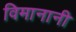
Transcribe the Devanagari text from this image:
विमानानी